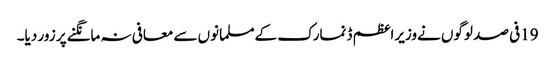
19فی صد لوگوں نےوزیراعظم ڈنمارک کےمسلمانوں سےمعافی نہ مانگنےپر زور دیا۔